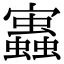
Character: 𧔃